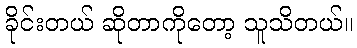
ခိုင်းတယ် ဆိုတာကိုတော့ သူသိတယ်။